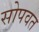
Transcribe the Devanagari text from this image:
सोपवत